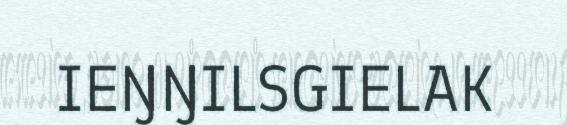
IEŊŊILSGIELAK